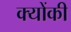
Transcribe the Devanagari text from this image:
क्‍योंकी